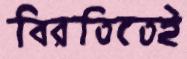
বিরতিতেই